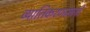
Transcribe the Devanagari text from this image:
व्यातिकरणमापी